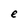
Character: e